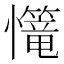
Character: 𢥆